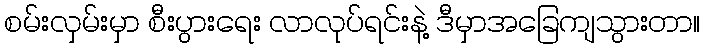
စမ်းလှမ်းမှာ စီးပွားရေး လာလုပ်ရင်းနဲ့ ဒီမှာအခြေကျသွားတာ။